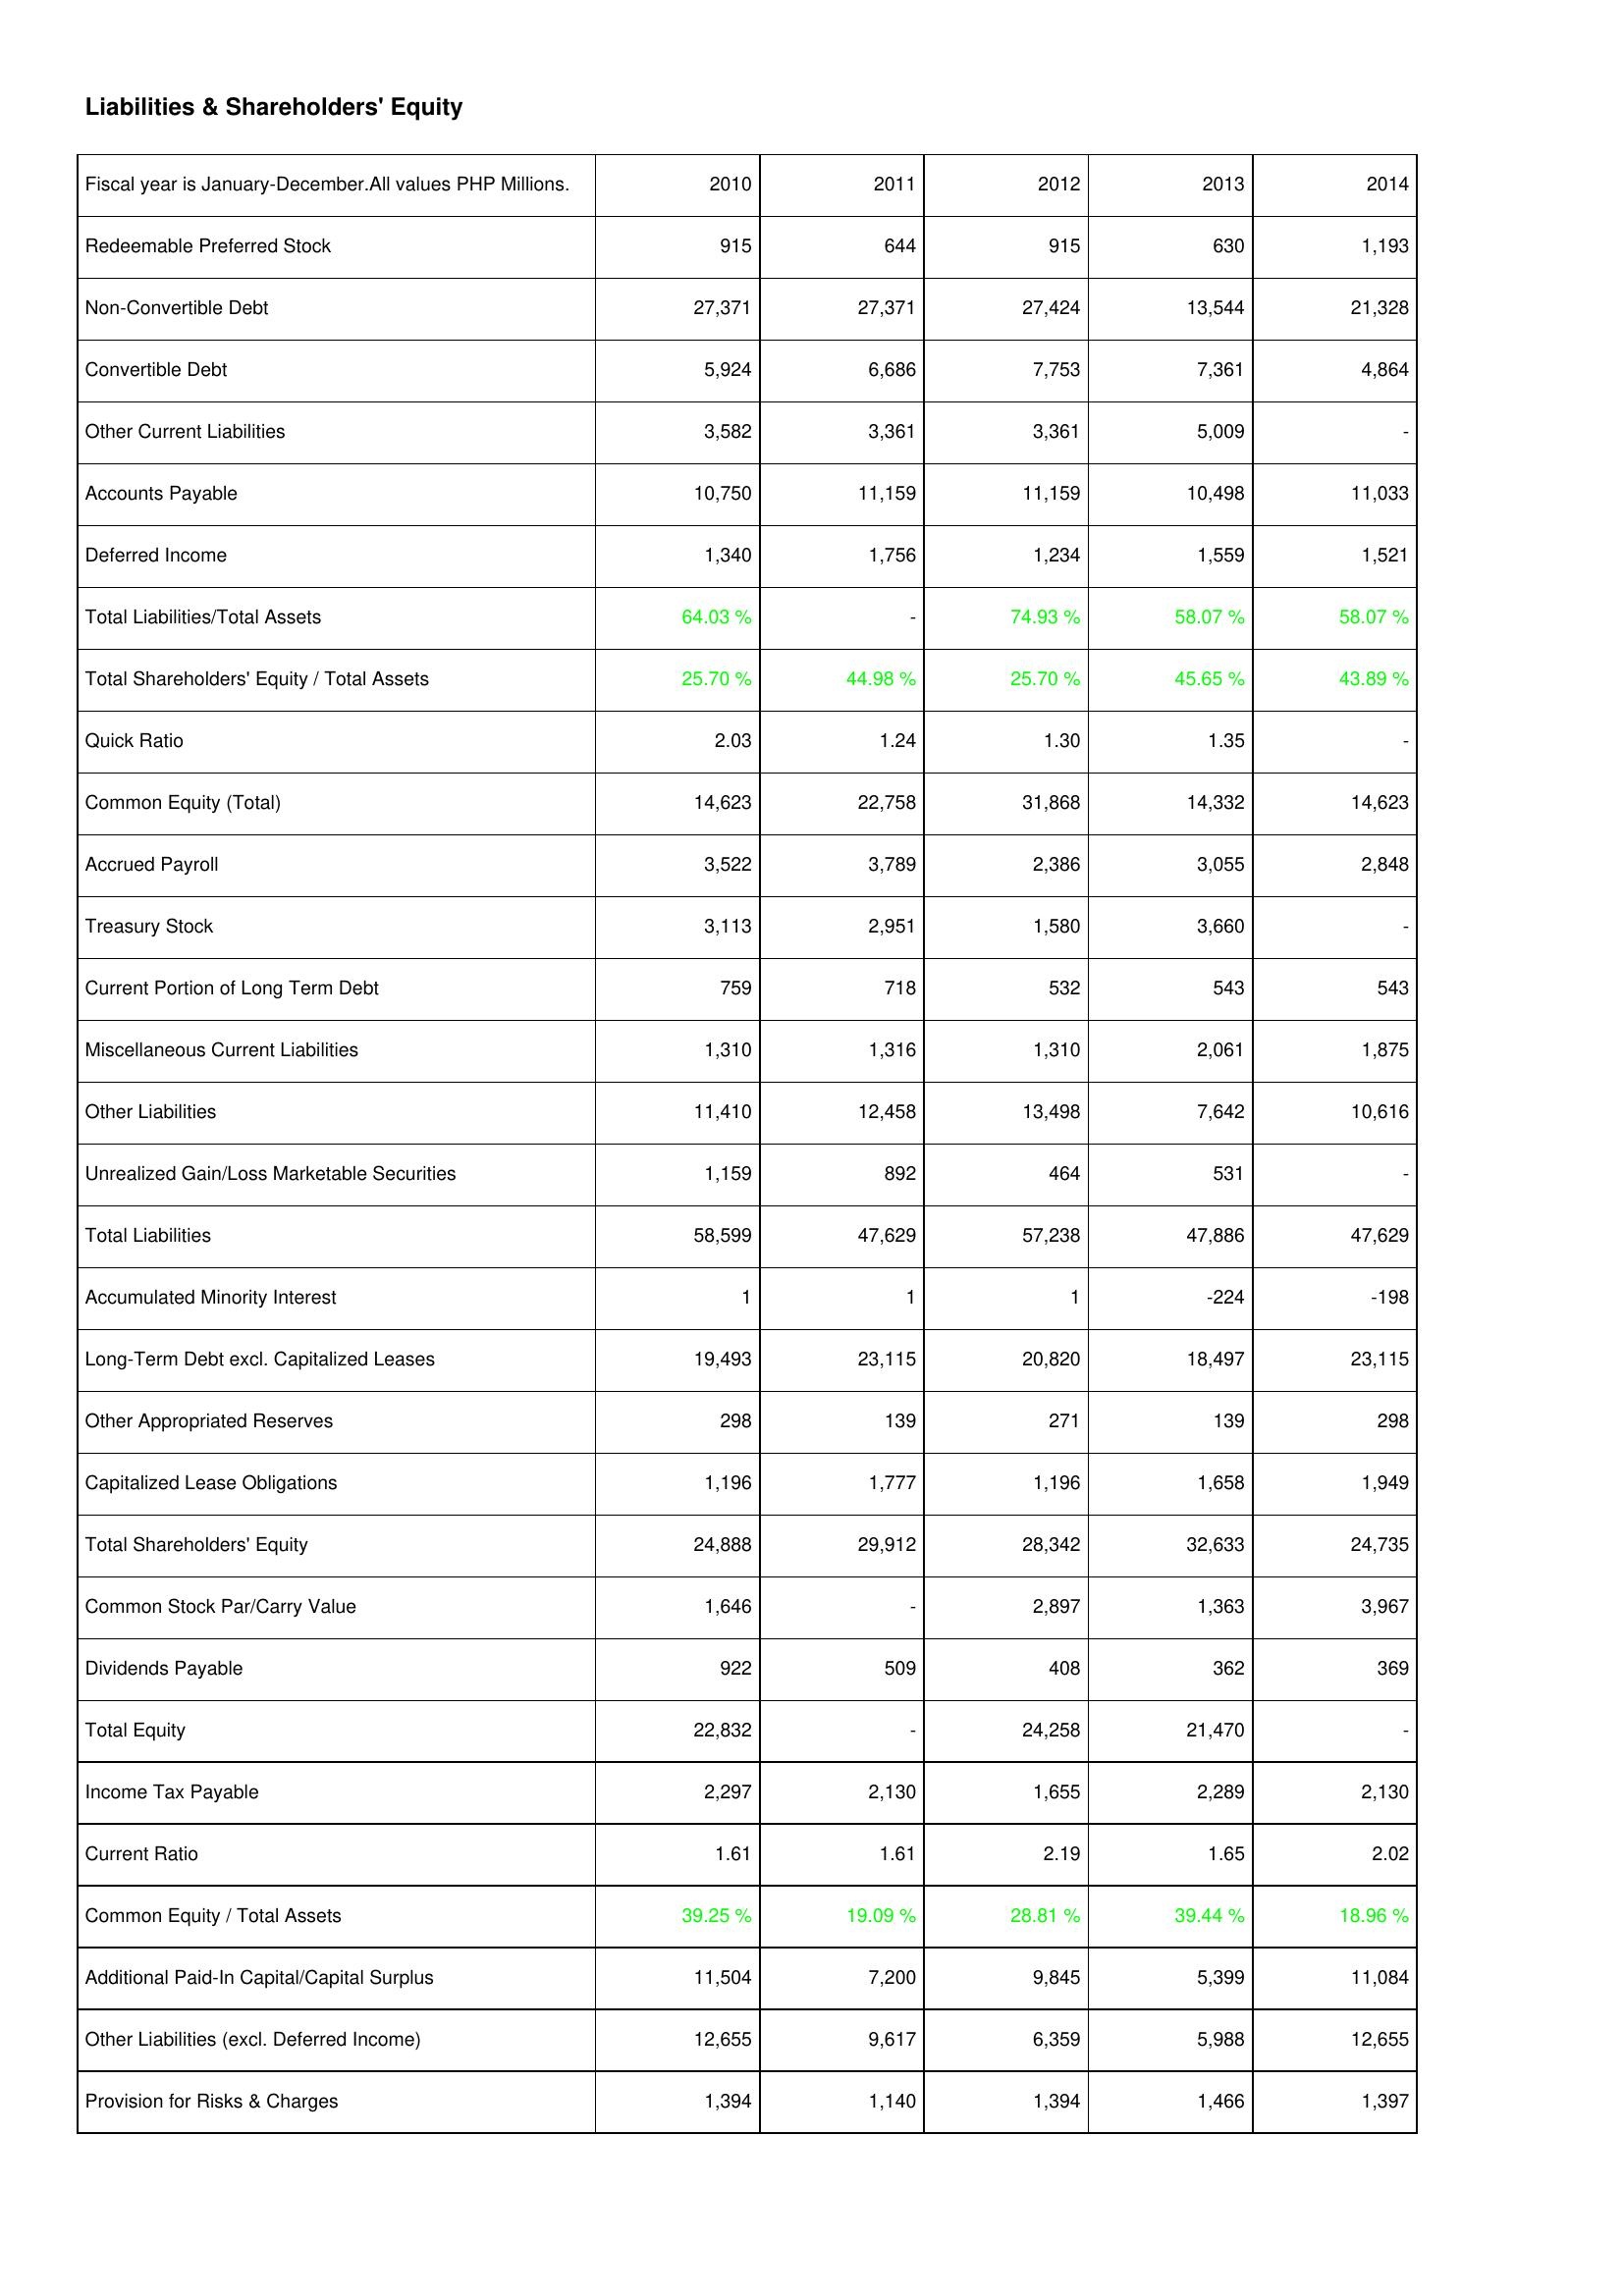
2010: Liabilities & Shareholders' Equity: Redeemable Preferred Stock: 915
Non-Convertible Debt: 27,371
Convertible Debt: 5,924
Other Current Liabilities: 3,582
Accounts Payable: 10,750
Deferred Income: 1,340
Total Liabilities/Total Assets: 64.03 %
Total Shareholders' Equity / Total Assets: 25.70 %
Quick Ratio: 2.03
Common Equity (Total): 14,623
Accrued Payroll: 3,522
Treasury Stock: 3,113
Current Portion of Long Term Debt: 759
Miscellaneous Current Liabilities: 1,310
Other Liabilities: 11,410
Unrealized Gain/Loss Marketable Securities: 1,159
Total Liabilities: 58,599
Accumulated Minority Interest: 1
Long-Term Debt excl. Capitalized Leases: 19,493
Other Appropriated Reserves: 298
Capitalized Lease Obligations: 1,196
Total Shareholders' Equity: 24,888
Common Stock Par/Carry Value: 1,646
Dividends Payable: 922
Total Equity: 22,832
Income Tax Payable: 2,297
Current Ratio: 1.61
Common Equity / Total Assets: 39.25 %
Additional Paid-In Capital/Capital Surplus: 11,504
Other Liabilities (excl. Deferred Income): 12,655
Provision for Risks & Charges: 1,394
2011: Liabilities & Shareholders' Equity: Redeemable Preferred Stock: 644
Non-Convertible Debt: 27,371
Convertible Debt: 6,686
Other Current Liabilities: 3,361
Accounts Payable: 11,159
Deferred Income: 1,756
Total Liabilities/Total Assets: -
Total Shareholders' Equity / Total Assets: 44.98 %
Quick Ratio: 1.24
Common Equity (Total): 22,758
Accrued Payroll: 3,789
Treasury Stock: 2,951
Current Portion of Long Term Debt: 718
Miscellaneous Current Liabilities: 1,316
Other Liabilities: 12,458
Unrealized Gain/Loss Marketable Securities: 892
Total Liabilities: 47,629
Accumulated Minority Interest: 1
Long-Term Debt excl. Capitalized Leases: 23,115
Other Appropriated Reserves: 139
Capitalized Lease Obligations: 1,777
Total Shareholders' Equity: 29,912
Common Stock Par/Carry Value: -
Dividends Payable: 509
Total Equity: -
Income Tax Payable: 2,130
Current Ratio: 1.61
Common Equity / Total Assets: 19.09 %
Additional Paid-In Capital/Capital Surplus: 7,200
Other Liabilities (excl. Deferred Income): 9,617
Provision for Risks & Charges: 1,140
2012: Liabilities & Shareholders' Equity: Redeemable Preferred Stock: 915
Non-Convertible Debt: 27,424
Convertible Debt: 7,753
Other Current Liabilities: 3,361
Accounts Payable: 11,159
Deferred Income: 1,234
Total Liabilities/Total Assets: 74.93 %
Total Shareholders' Equity / Total Assets: 25.70 %
Quick Ratio: 1.30
Common Equity (Total): 31,868
Accrued Payroll: 2,386
Treasury Stock: 1,580
Current Portion of Long Term Debt: 532
Miscellaneous Current Liabilities: 1,310
Other Liabilities: 13,498
Unrealized Gain/Loss Marketable Securities: 464
Total Liabilities: 57,238
Accumulated Minority Interest: 1
Long-Term Debt excl. Capitalized Leases: 20,820
Other Appropriated Reserves: 271
Capitalized Lease Obligations: 1,196
Total Shareholders' Equity: 28,342
Common Stock Par/Carry Value: 2,897
Dividends Payable: 408
Total Equity: 24,258
Income Tax Payable: 1,655
Current Ratio: 2.19
Common Equity / Total Assets: 28.81 %
Additional Paid-In Capital/Capital Surplus: 9,845
Other Liabilities (excl. Deferred Income): 6,359
Provision for Risks & Charges: 1,394
2013: Liabilities & Shareholders' Equity: Redeemable Preferred Stock: 630
Non-Convertible Debt: 13,544
Convertible Debt: 7,361
Other Current Liabilities: 5,009
Accounts Payable: 10,498
Deferred Income: 1,559
Total Liabilities/Total Assets: 58.07 %
Total Shareholders' Equity / Total Assets: 45.65 %
Quick Ratio: 1.35
Common Equity (Total): 14,332
Accrued Payroll: 3,055
Treasury Stock: 3,660
Current Portion of Long Term Debt: 543
Miscellaneous Current Liabilities: 2,061
Other Liabilities: 7,642
Unrealized Gain/Loss Marketable Securities: 531
Total Liabilities: 47,886
Accumulated Minority Interest: -224
Long-Term Debt excl. Capitalized Leases: 18,497
Other Appropriated Reserves: 139
Capitalized Lease Obligations: 1,658
Total Shareholders' Equity: 32,633
Common Stock Par/Carry Value: 1,363
Dividends Payable: 362
Total Equity: 21,470
Income Tax Payable: 2,289
Current Ratio: 1.65
Common Equity / Total Assets: 39.44 %
Additional Paid-In Capital/Capital Surplus: 5,399
Other Liabilities (excl. Deferred Income): 5,988
Provision for Risks & Charges: 1,466
2014: Liabilities & Shareholders' Equity: Redeemable Preferred Stock: 1,193
Non-Convertible Debt: 21,328
Convertible Debt: 4,864
Other Current Liabilities: -
Accounts Payable: 11,033
Deferred Income: 1,521
Total Liabilities/Total Assets: 58.07 %
Total Shareholders' Equity / Total Assets: 43.89 %
Quick Ratio: -
Common Equity (Total): 14,623
Accrued Payroll: 2,848
Treasury Stock: -
Current Portion of Long Term Debt: 543
Miscellaneous Current Liabilities: 1,875
Other Liabilities: 10,616
Unrealized Gain/Loss Marketable Securities: -
Total Liabilities: 47,629
Accumulated Minority Interest: -198
Long-Term Debt excl. Capitalized Leases: 23,115
Other Appropriated Reserves: 298
Capitalized Lease Obligations: 1,949
Total Shareholders' Equity: 24,735
Common Stock Par/Carry Value: 3,967
Dividends Payable: 369
Total Equity: -
Income Tax Payable: 2,130
Current Ratio: 2.02
Common Equity / Total Assets: 18.96 %
Additional Paid-In Capital/Capital Surplus: 11,084
Other Liabilities (excl. Deferred Income): 12,655
Provision for Risks & Charges: 1,397